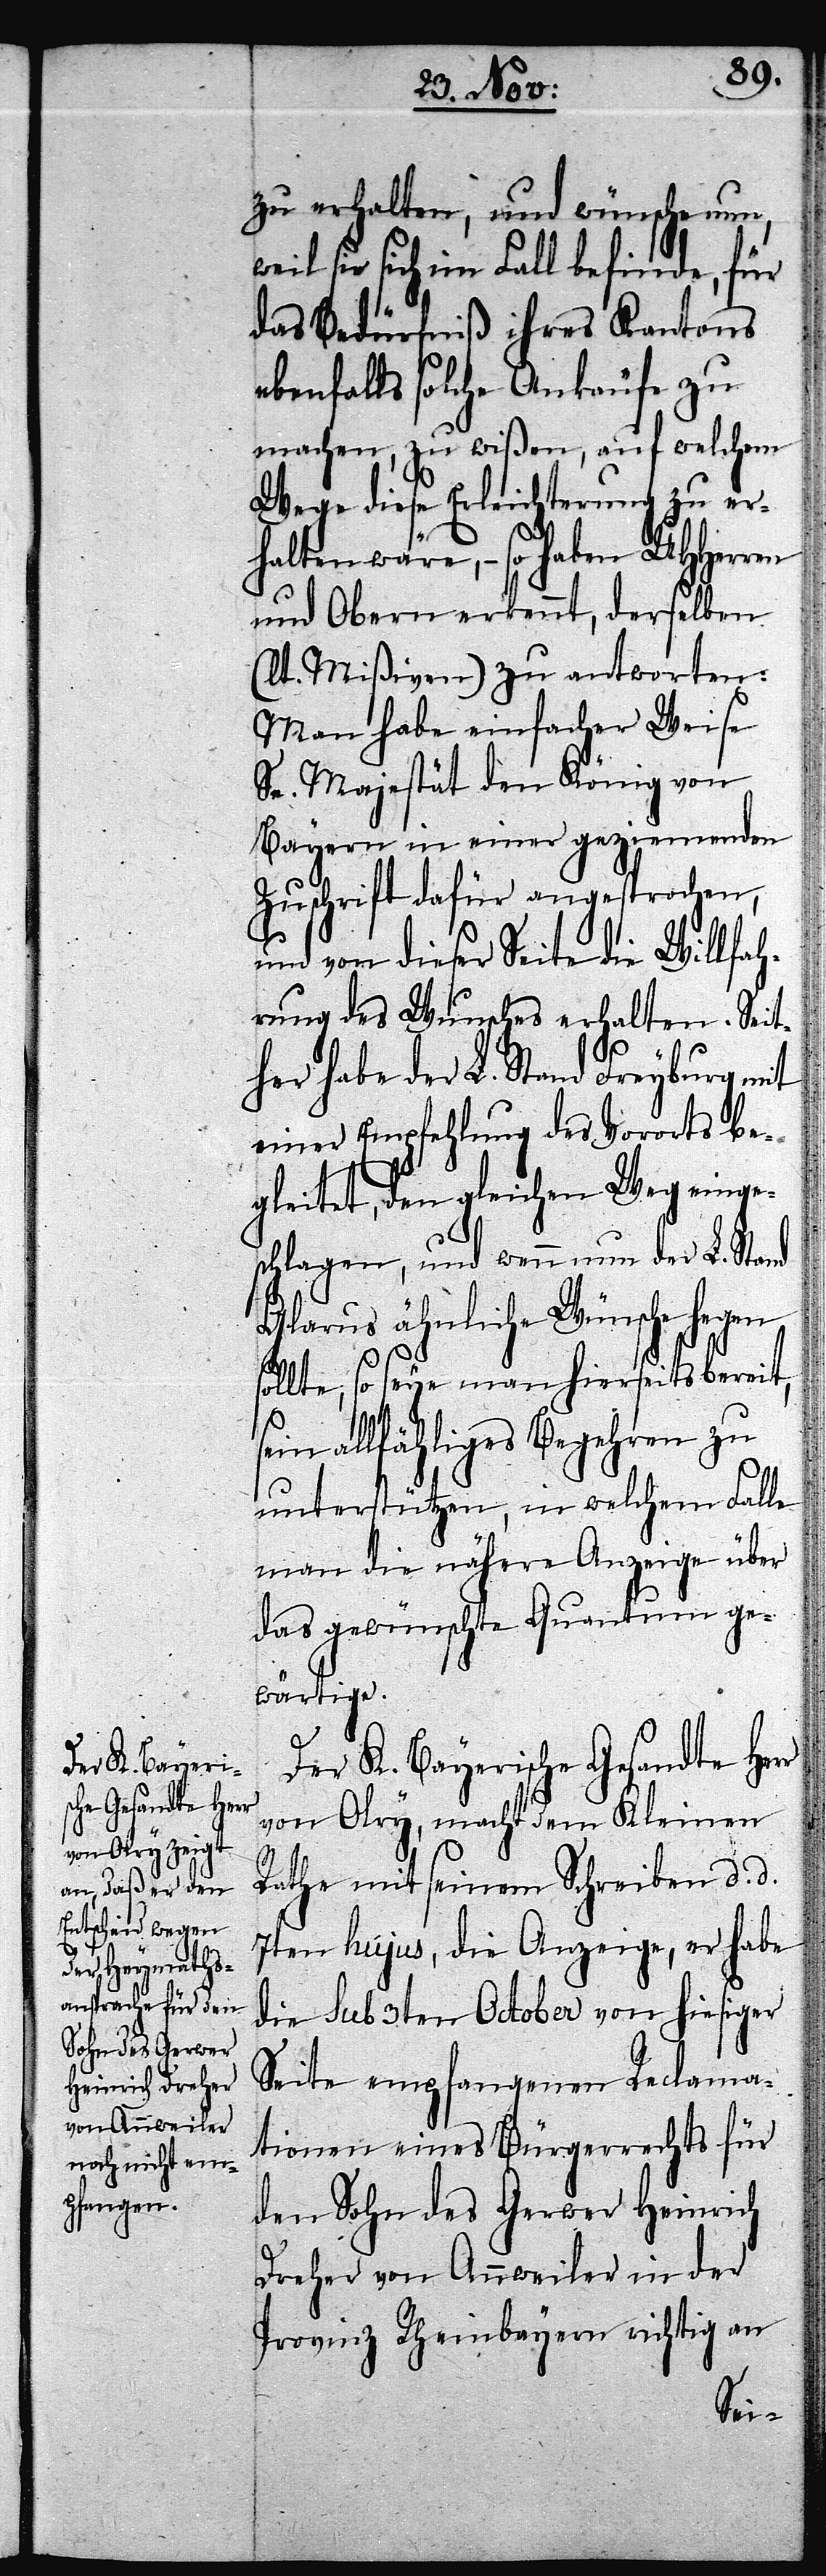
zu erhalten, und wünsche nun,
weil sie sich im Fall befinde, für
das Bedürfniß ihres Kantons
ebenfalls solche Ankäufe zu
machen, zu wißen, auf welchem
Wege diese Erleichterung zu er¬
halten wäre, – so haben UHHerren
und Obern erkennt, derselben
(lt. Mißiven) zu antworten:
Man habe einfacher Weise
Se. Majestät den König von
Bayern in einer geziemenden
Zuschrift dafür angesprochen,
und von dieser Seite die Willfah¬
rung des Wunsches erhalten. Seit¬
her habe der L. Stand Freyburg mit
einer Empfehlung des Vororts be¬
gleitet, den gleichen Weg einge¬
schlagen und wenn nun der L. Stand
Glarus ähnliche Wünsche hegen
sollte, so seye man hierseits bereit,
sein allfähliges Begehren zu
unterstützen, in welchem Falle
man die nähere Anzeige über
das gewünschte Quantum ge¬
wärtige.
Der K. Bayerische Gesandte Herr
von Olry, macht dem Kleinen
Rathe mit seinem Schreiben d. d.
7ten hujus, die Anzeige, er habe
die sub 3ten October von hiesiger
Seite empfangenen Reclama¬
tionen eines Bürgerrechts für
den Sohn des Gerwer Heinrich
Dreher von Annweiler in der
Provinz Rheinbayern richtig an